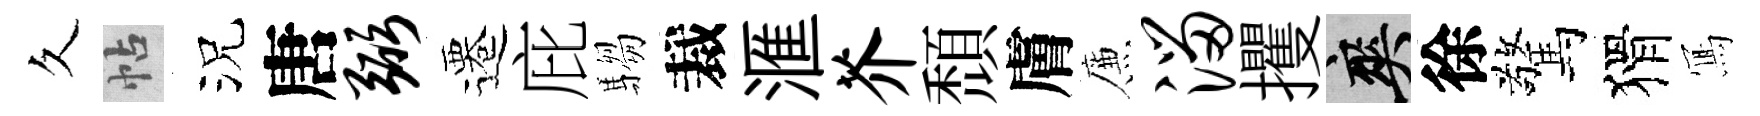
久帖況唐弼遷庇騶裁滙芥頹膚簾溜攫爽徐驚猾𭂁